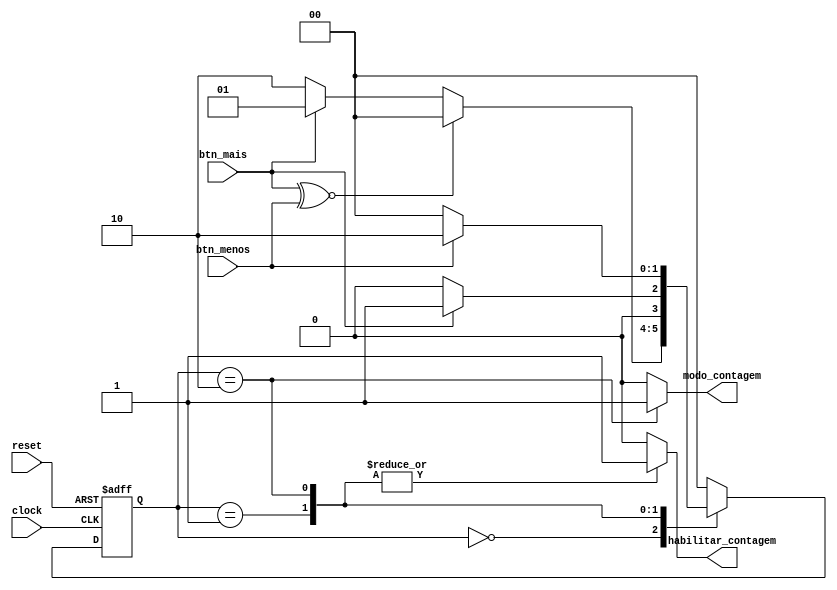
module interface_de_entrada (clock, reset, btn_mais, btn_menos, habilitar_contagem, modo_contagem);
	
	input 
		btn_mais,
		btn_menos,
		clock,
		reset;
		
	output reg
		habilitar_contagem,
		modo_contagem;
	
	parameter
		[1:0]
			ESPERANDO = 0,
			INCREMENTANDO = 1,
			DECREMENTANDO = 2;
	
	reg [1:0] estado;
	
	initial estado = ESPERANDO;
	
	
	//Decoficador de sada;
	always @ (estado)
		case(estado)
		
			ESPERANDO:
				begin
					habilitar_contagem = 0;
					modo_contagem = 0;
				end
				
			INCREMENTANDO:
				begin
					habilitar_contagem = 1;
					modo_contagem = 0;
				end
				
			DECREMENTANDO:
				begin
					habilitar_contagem = 1;
					modo_contagem = 1;
				end
				
			default:
				begin
					habilitar_contagem = 0;
					modo_contagem = 0;
				end
		endcase
	

	//Decodificador de prximo estado
	always @ (posedge clock, posedge reset)
	
		if (reset) estado <= ESPERANDO;
		
		else 
			case (estado)
				ESPERANDO:
					if (btn_mais ~^ btn_menos) estado <= ESPERANDO; //xnor
					else if (btn_mais) estado <= INCREMENTANDO;
					else estado <= DECREMENTANDO;
					
				INCREMENTANDO:
					if (btn_mais) estado <= INCREMENTANDO;
					else estado <= ESPERANDO;
					
				DECREMENTANDO:
					if (btn_menos) estado <= DECREMENTANDO;
					else estado <= ESPERANDO;
					
				default:
					estado <= ESPERANDO;
			endcase
	
endmodule